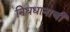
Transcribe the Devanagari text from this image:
निधधानाची